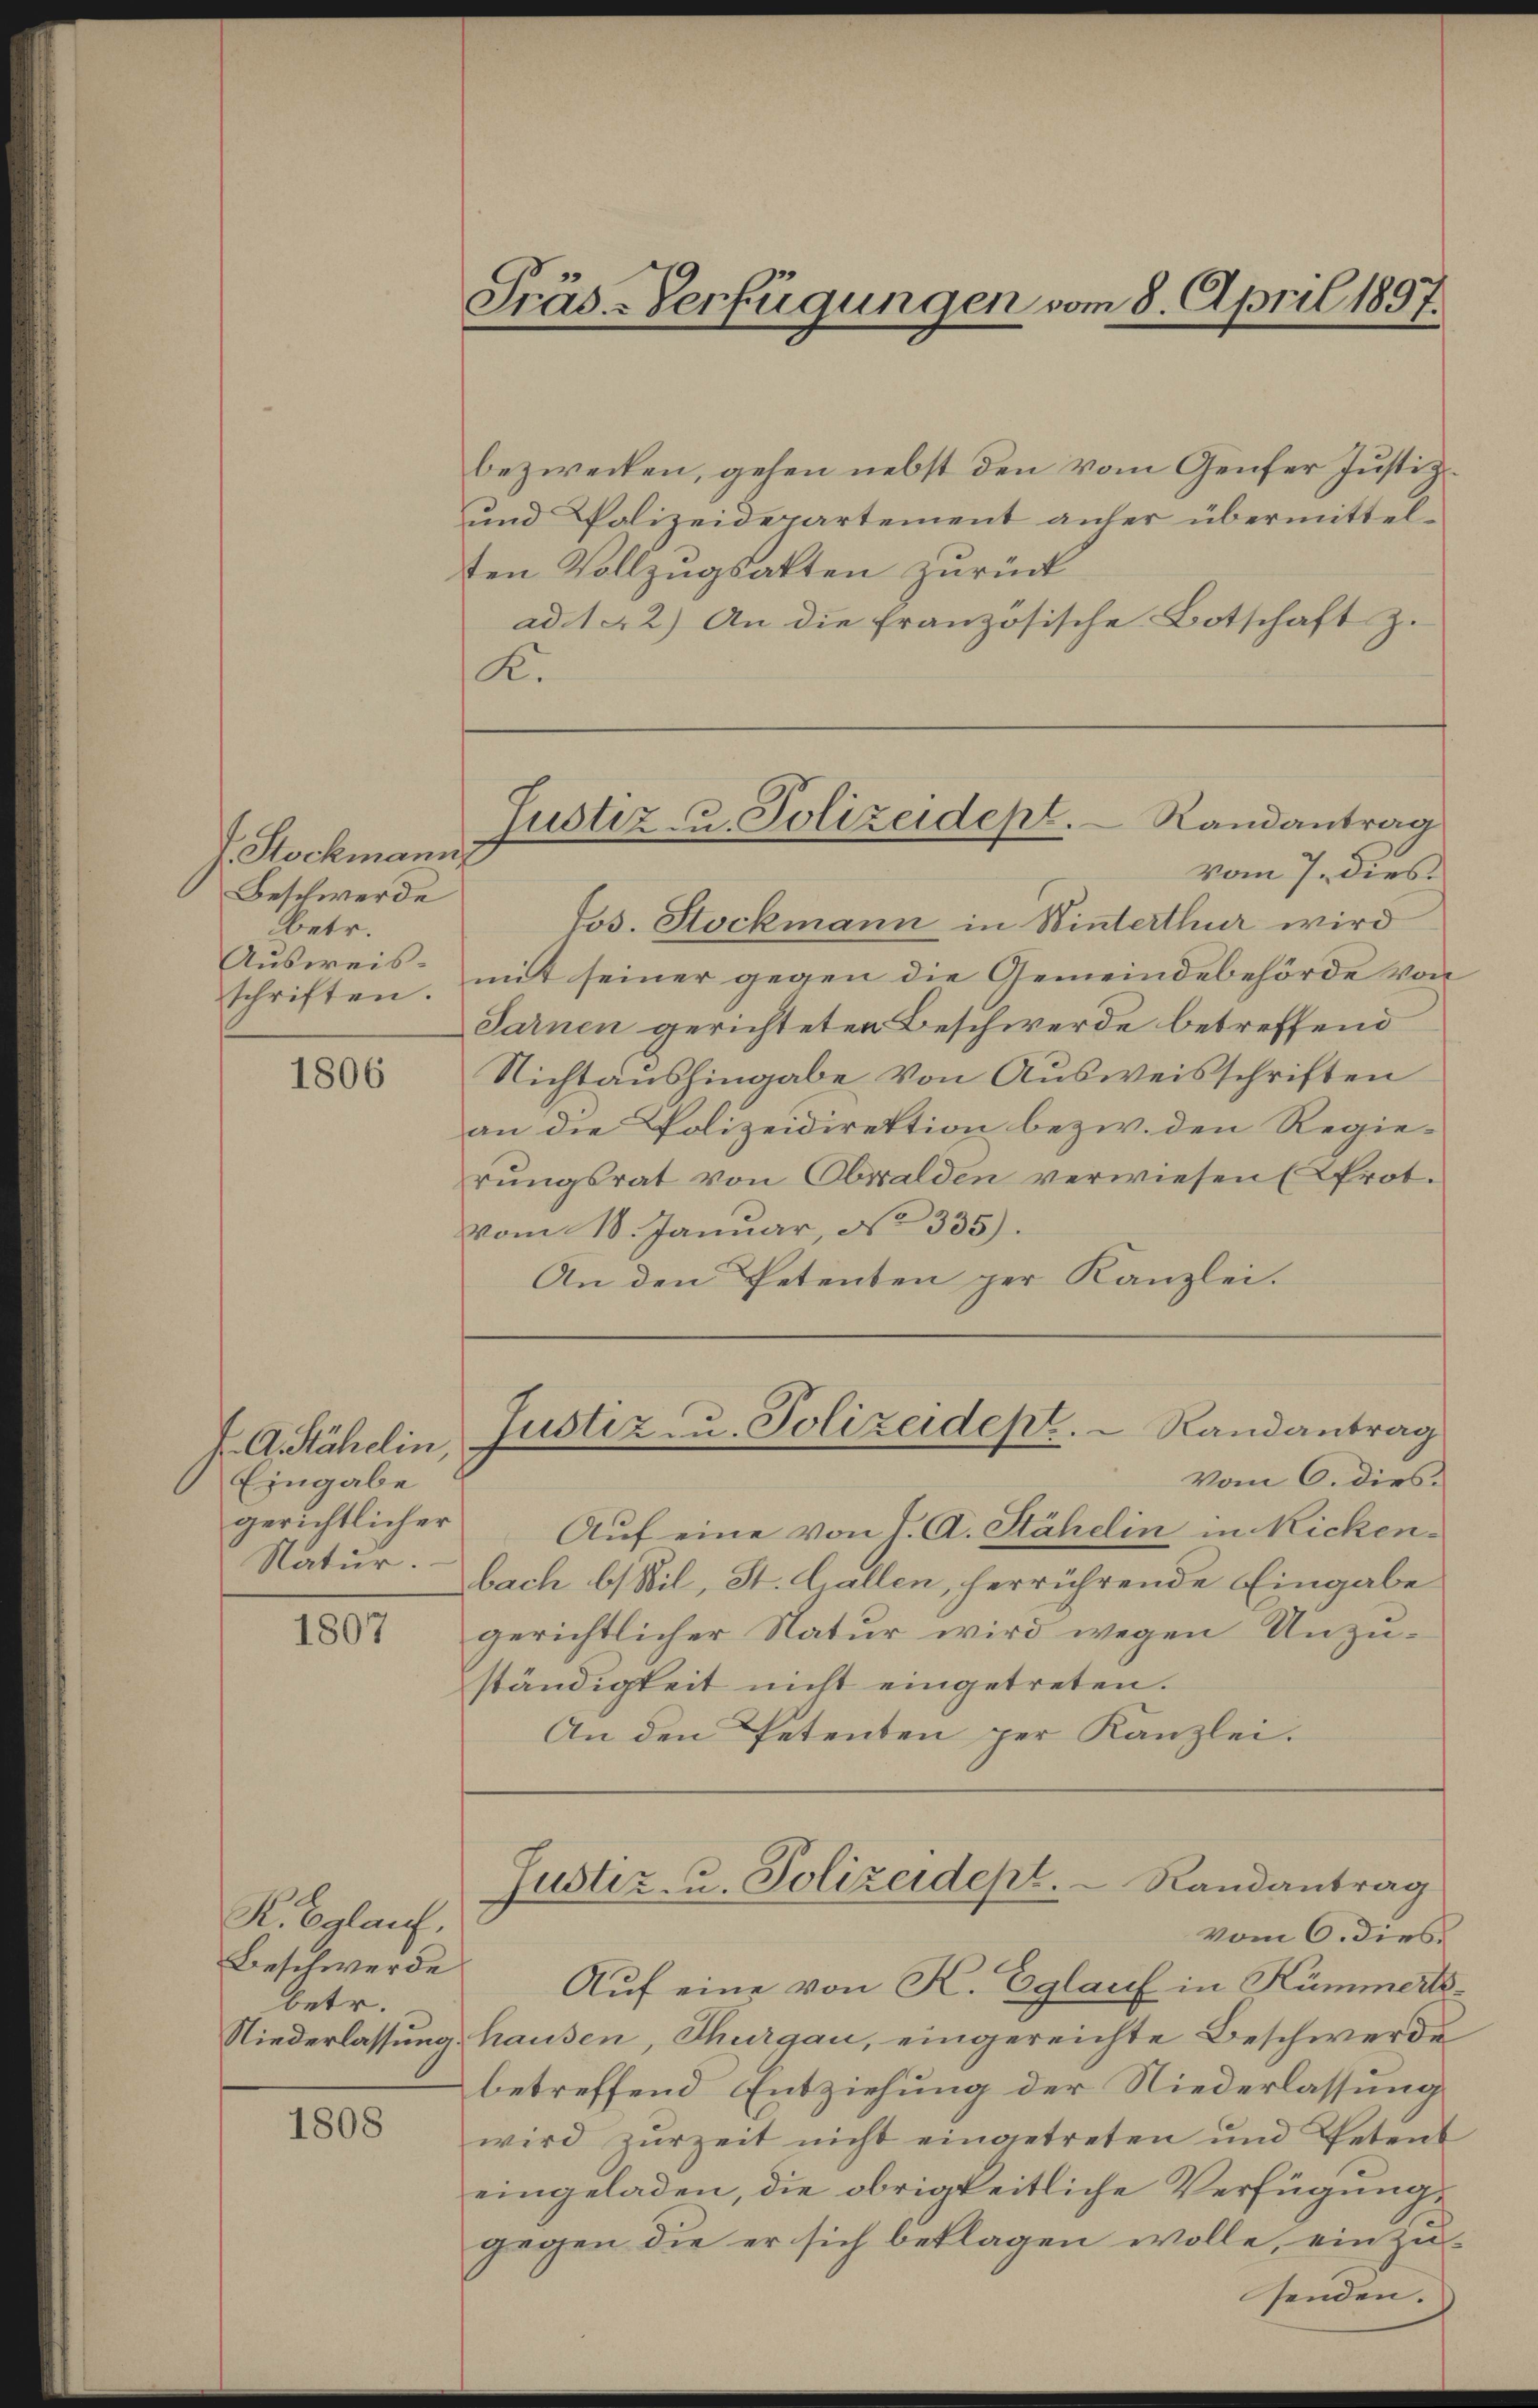
f. Stockmannz
Beschwerde
betr.
Ausweis-
schriften.

1806

J. A. Stähelin,
Eingabe
gerichtlicher
Natur.

1807

K. Balauf,
Beschwerde.
betr.

1808

Präs-Verfügungen vom 8. April 1897.

bezwecken, gehen nebst den vom Genfer Justiz¬
und Polizeidepartement anher übermittelten Vollzugsakten zurück
ad. 142) An die französische Botschaft z.
K.

Jos. Stockmann in Winterthur wird
mit seiner gegen die Gemeindebehörde von
Sarnen gerichteten Beschwerde betreffend
Nichtaushingabe von Ausweisschriften
an die Polizeidirektion bezw. den Regierungsrat von Obwalden verwiesen (Prot.
vom 18. Januar, No 335).
An den Petenten per Kanzlei.

Justiz- u. Polizeidept. Randantrag
vom 7. dies

Auf eine von J. A. Stähelin in Rickenbach bil, St. Gallen, herrührende Eingabe
gerichtlicher Natur wird wegen Unzuständigkeit nicht eingetreten.
An den Petenten per Kanzlei.

Justiz- u. Polizeidept. Randantrag
vom 6. dies.

Justiz- u. Polizeidept. Randantrag
vom 6. dies

senden.

Auf eine von K. Eglauf in Kümmerts¬
Niederlassung. Hausen, Thurgau, eingereichte Beschwerde
betreffend Entziehung der Niederlassung
wird zŭr Zeit nicht eingetreten und Petent
eingeladen, die obrigkeitliche Verfügungs
gegen die er sich beklagen wolle, ein zu-